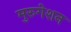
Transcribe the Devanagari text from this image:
मुरुगेशन